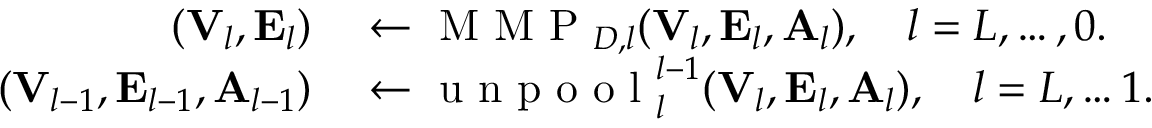
\begin{array} { r l } { ( { \bf V } _ { l } , { \bf E } _ { l } ) } & { { } \leftarrow \mathrm { ~ M ~ M ~ P ~ } _ { { \cal D } , l } ( { \bf V } _ { l } , { \bf E } _ { l } , { \bf A } _ { l } ) , \quad l = L , \ldots , 0 . } \\ { ( { \bf V } _ { l - 1 } , { \bf E } _ { l - 1 } , { \bf A } _ { l - 1 } ) } & { { } \leftarrow \mathrm { ~ u ~ n ~ p ~ o ~ o ~ l ~ } _ { l } ^ { l - 1 } ( { \bf V } _ { l } , { \bf E } _ { l } , { \bf A } _ { l } ) , \quad l = L , \ldots 1 . } \end{array}